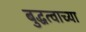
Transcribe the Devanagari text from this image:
बुद्धत्वाच्या